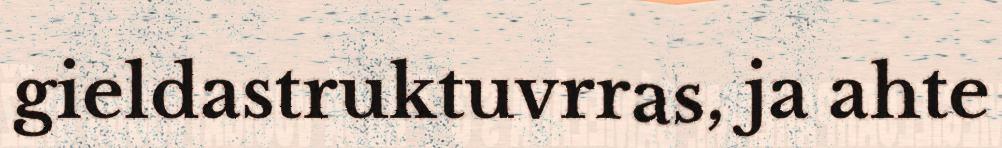
gieldastruktuvrras, ja ahte